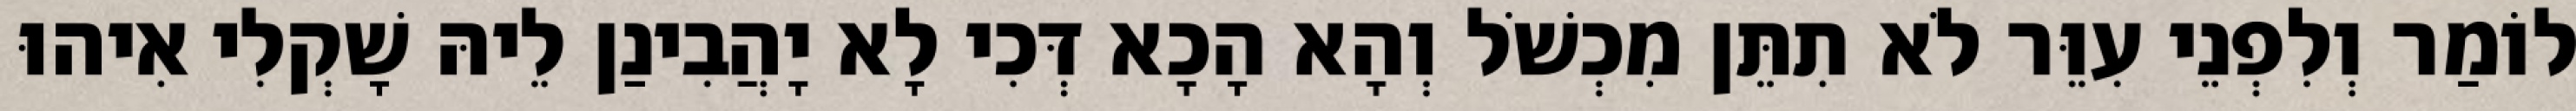
לוֹמַר וְלִפְנֵי עִוֵּר לֹא תִתֵּן מִכְשֹׁל וְהָא הָכָא דְּכִי לָא יָהֲבִינַן לֵיהּ שָׁקְלִי אִיהוּ